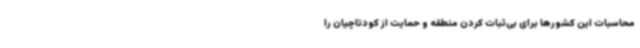
محاسبات این کشورها برای بی‌ثبات کردن منطقه و حمایت از کودتاچیان را